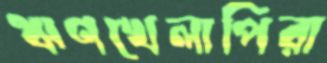
ঋণখেলাপিরা